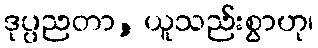
ဒုပ္ပညတာ, ယူသည်းစွာဟု၊